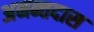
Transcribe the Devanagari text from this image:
अनन्तदास